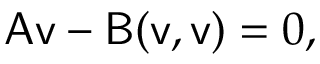
\mathsf { A } \mathsf { v } - \mathsf { B } ( \mathsf { v } , \mathsf { v } ) = 0 ,